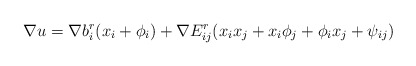
\begin{align*}\nabla u=\nabla b_i^r (x_i+\phi_i) + \nabla E_{ij}^r (x_i x_j + x_i \phi_j +\phi_i x_j + \psi_{ij})\end{align*}